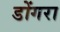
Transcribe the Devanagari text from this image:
डोंगरा